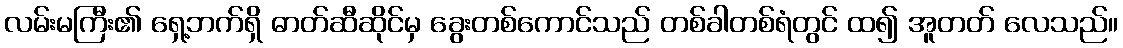
လမ်းမကြီး၏ ရှေ့ဘက်ရှိ ဓာတ်ဆီဆိုင်မှ ခွေးတစ်ကောင်သည် တစ်ခါတစ်ရံတွင် ထ၍ အူတတ် လေသည်။